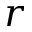
r